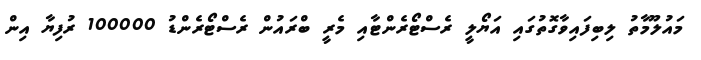
މައުލޫމާތު ލިބިފައިވާގޮތުގައި އަޔޯލީ ރެސްޓޯރެންޓާއި މެރީ ބްރައުން ރެސްޓޯރެންޑު 100000 ރުފިޔާ އިން